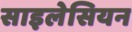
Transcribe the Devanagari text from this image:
साइलेसियन